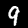
Digit: 9